38_143685_box_Incident_Summaries_173-233
Agency: Department of War
Page 96
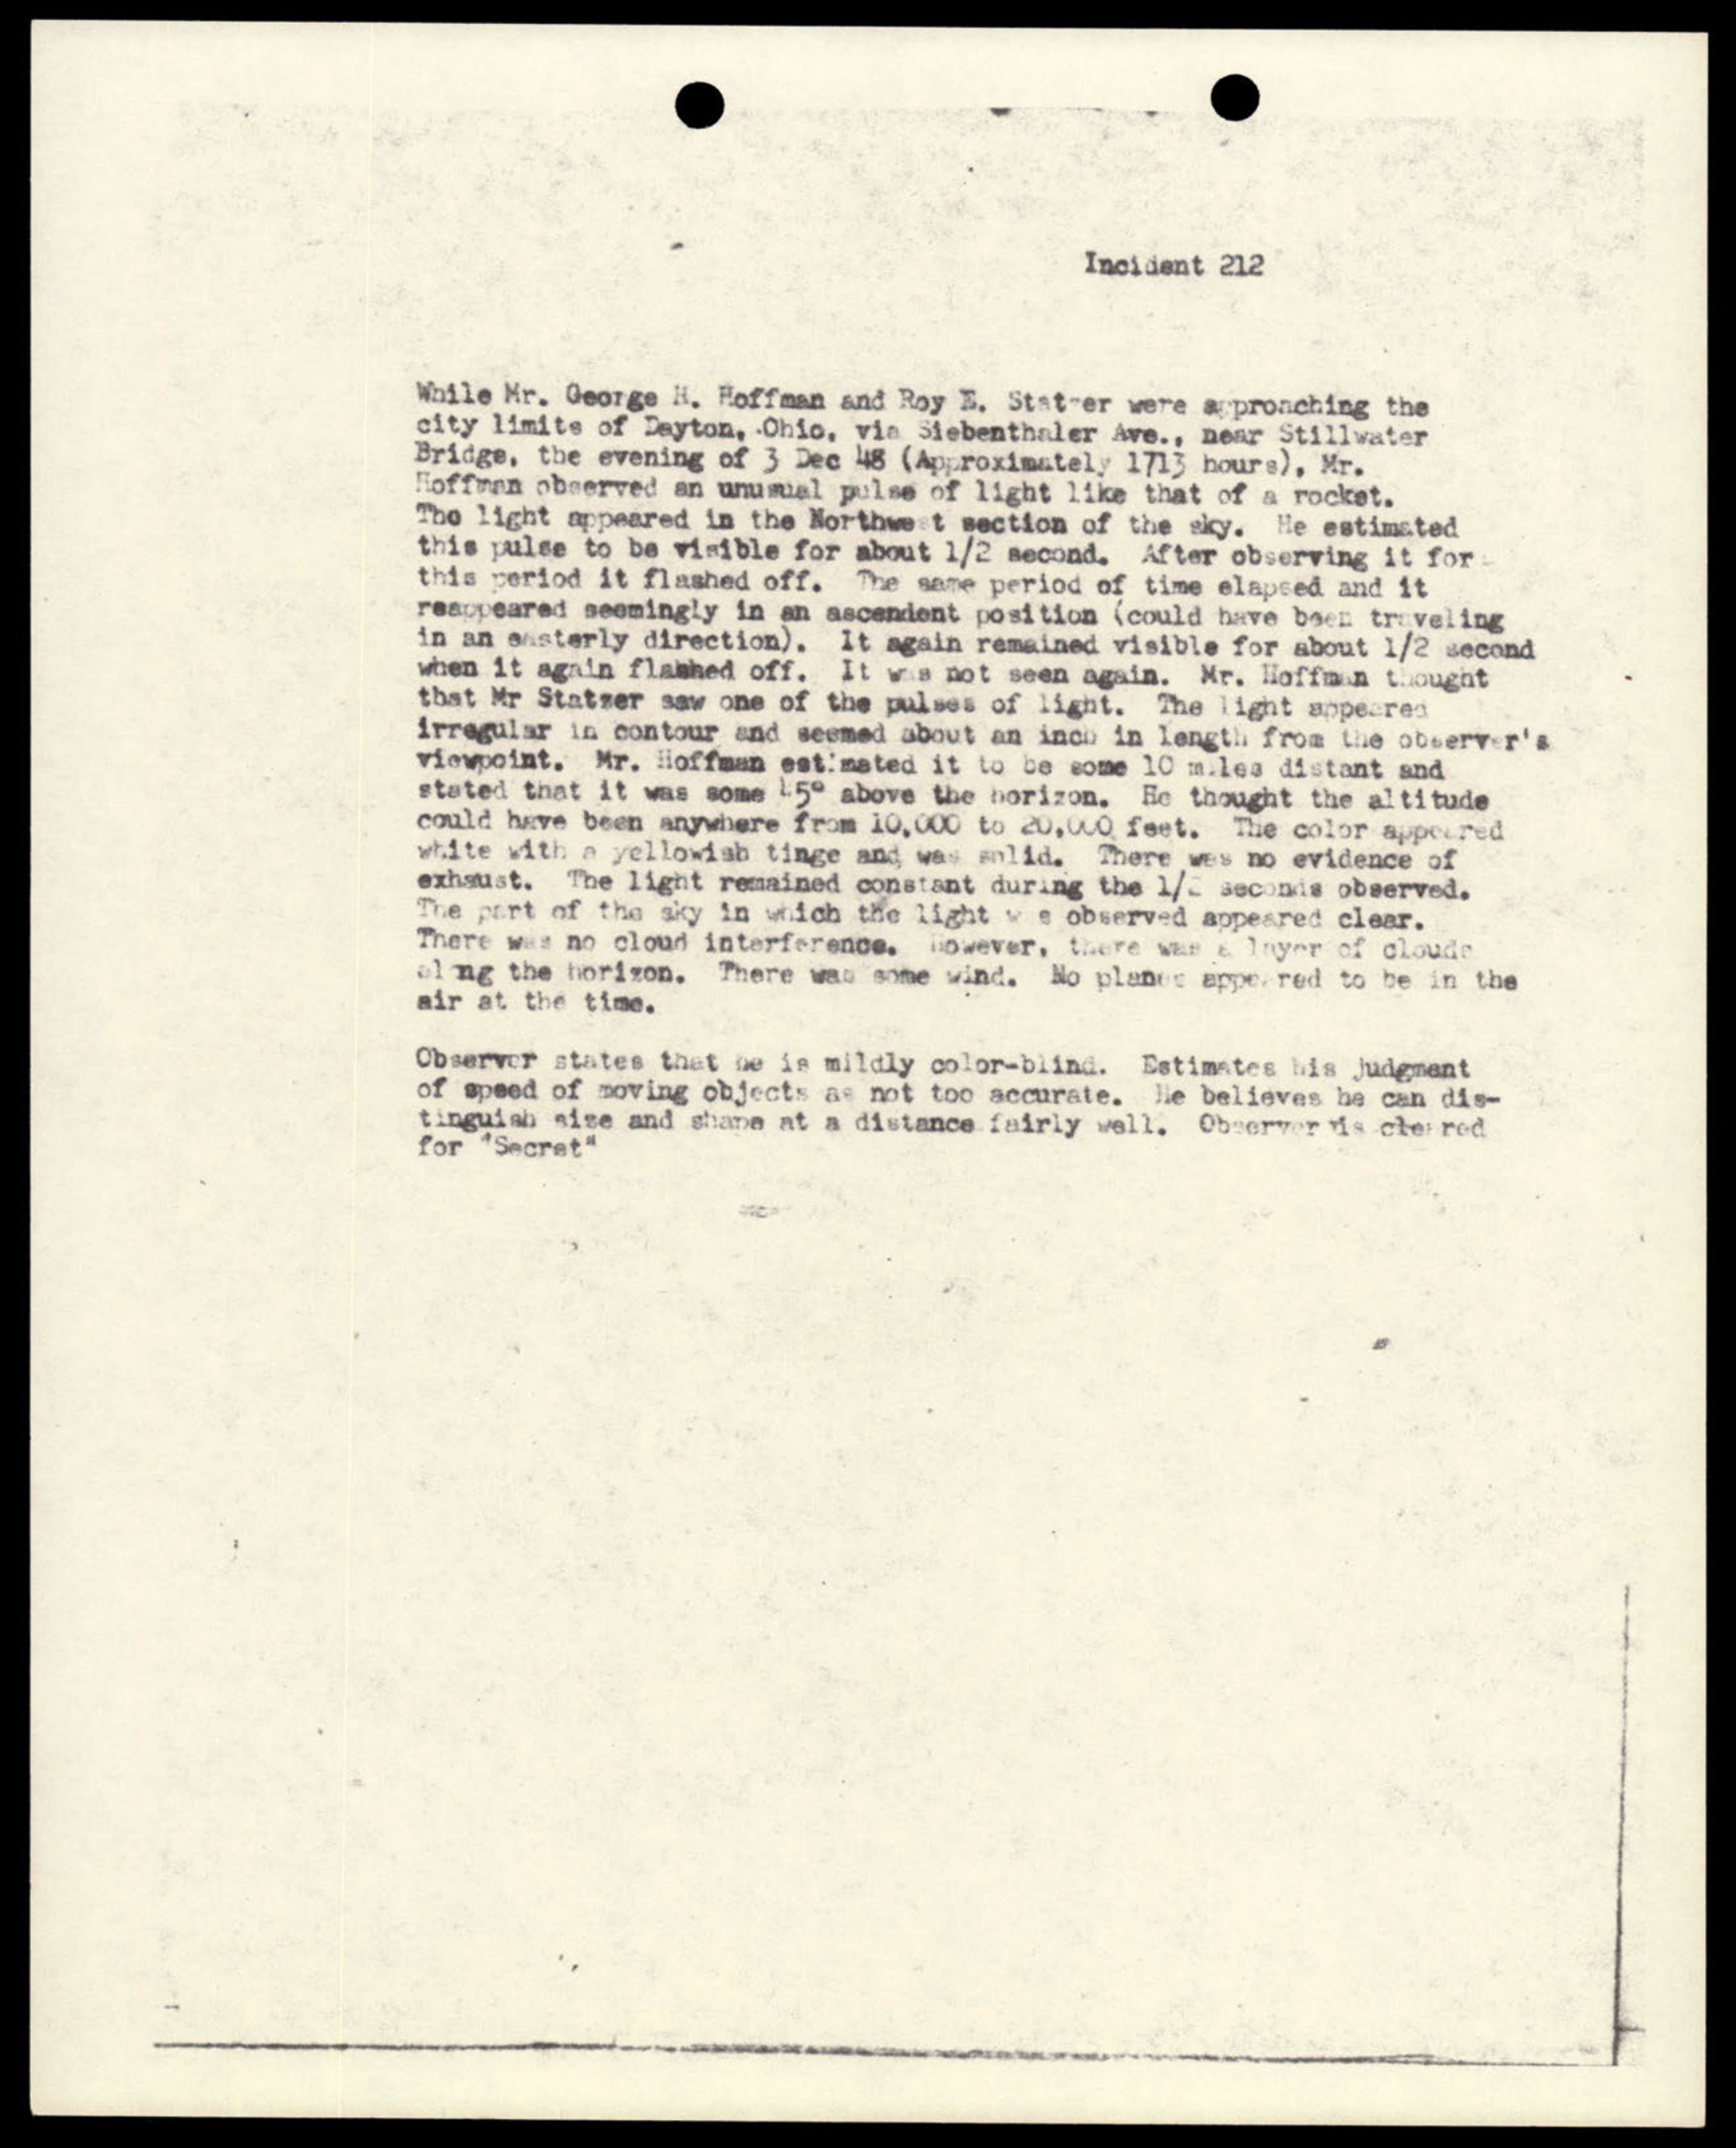